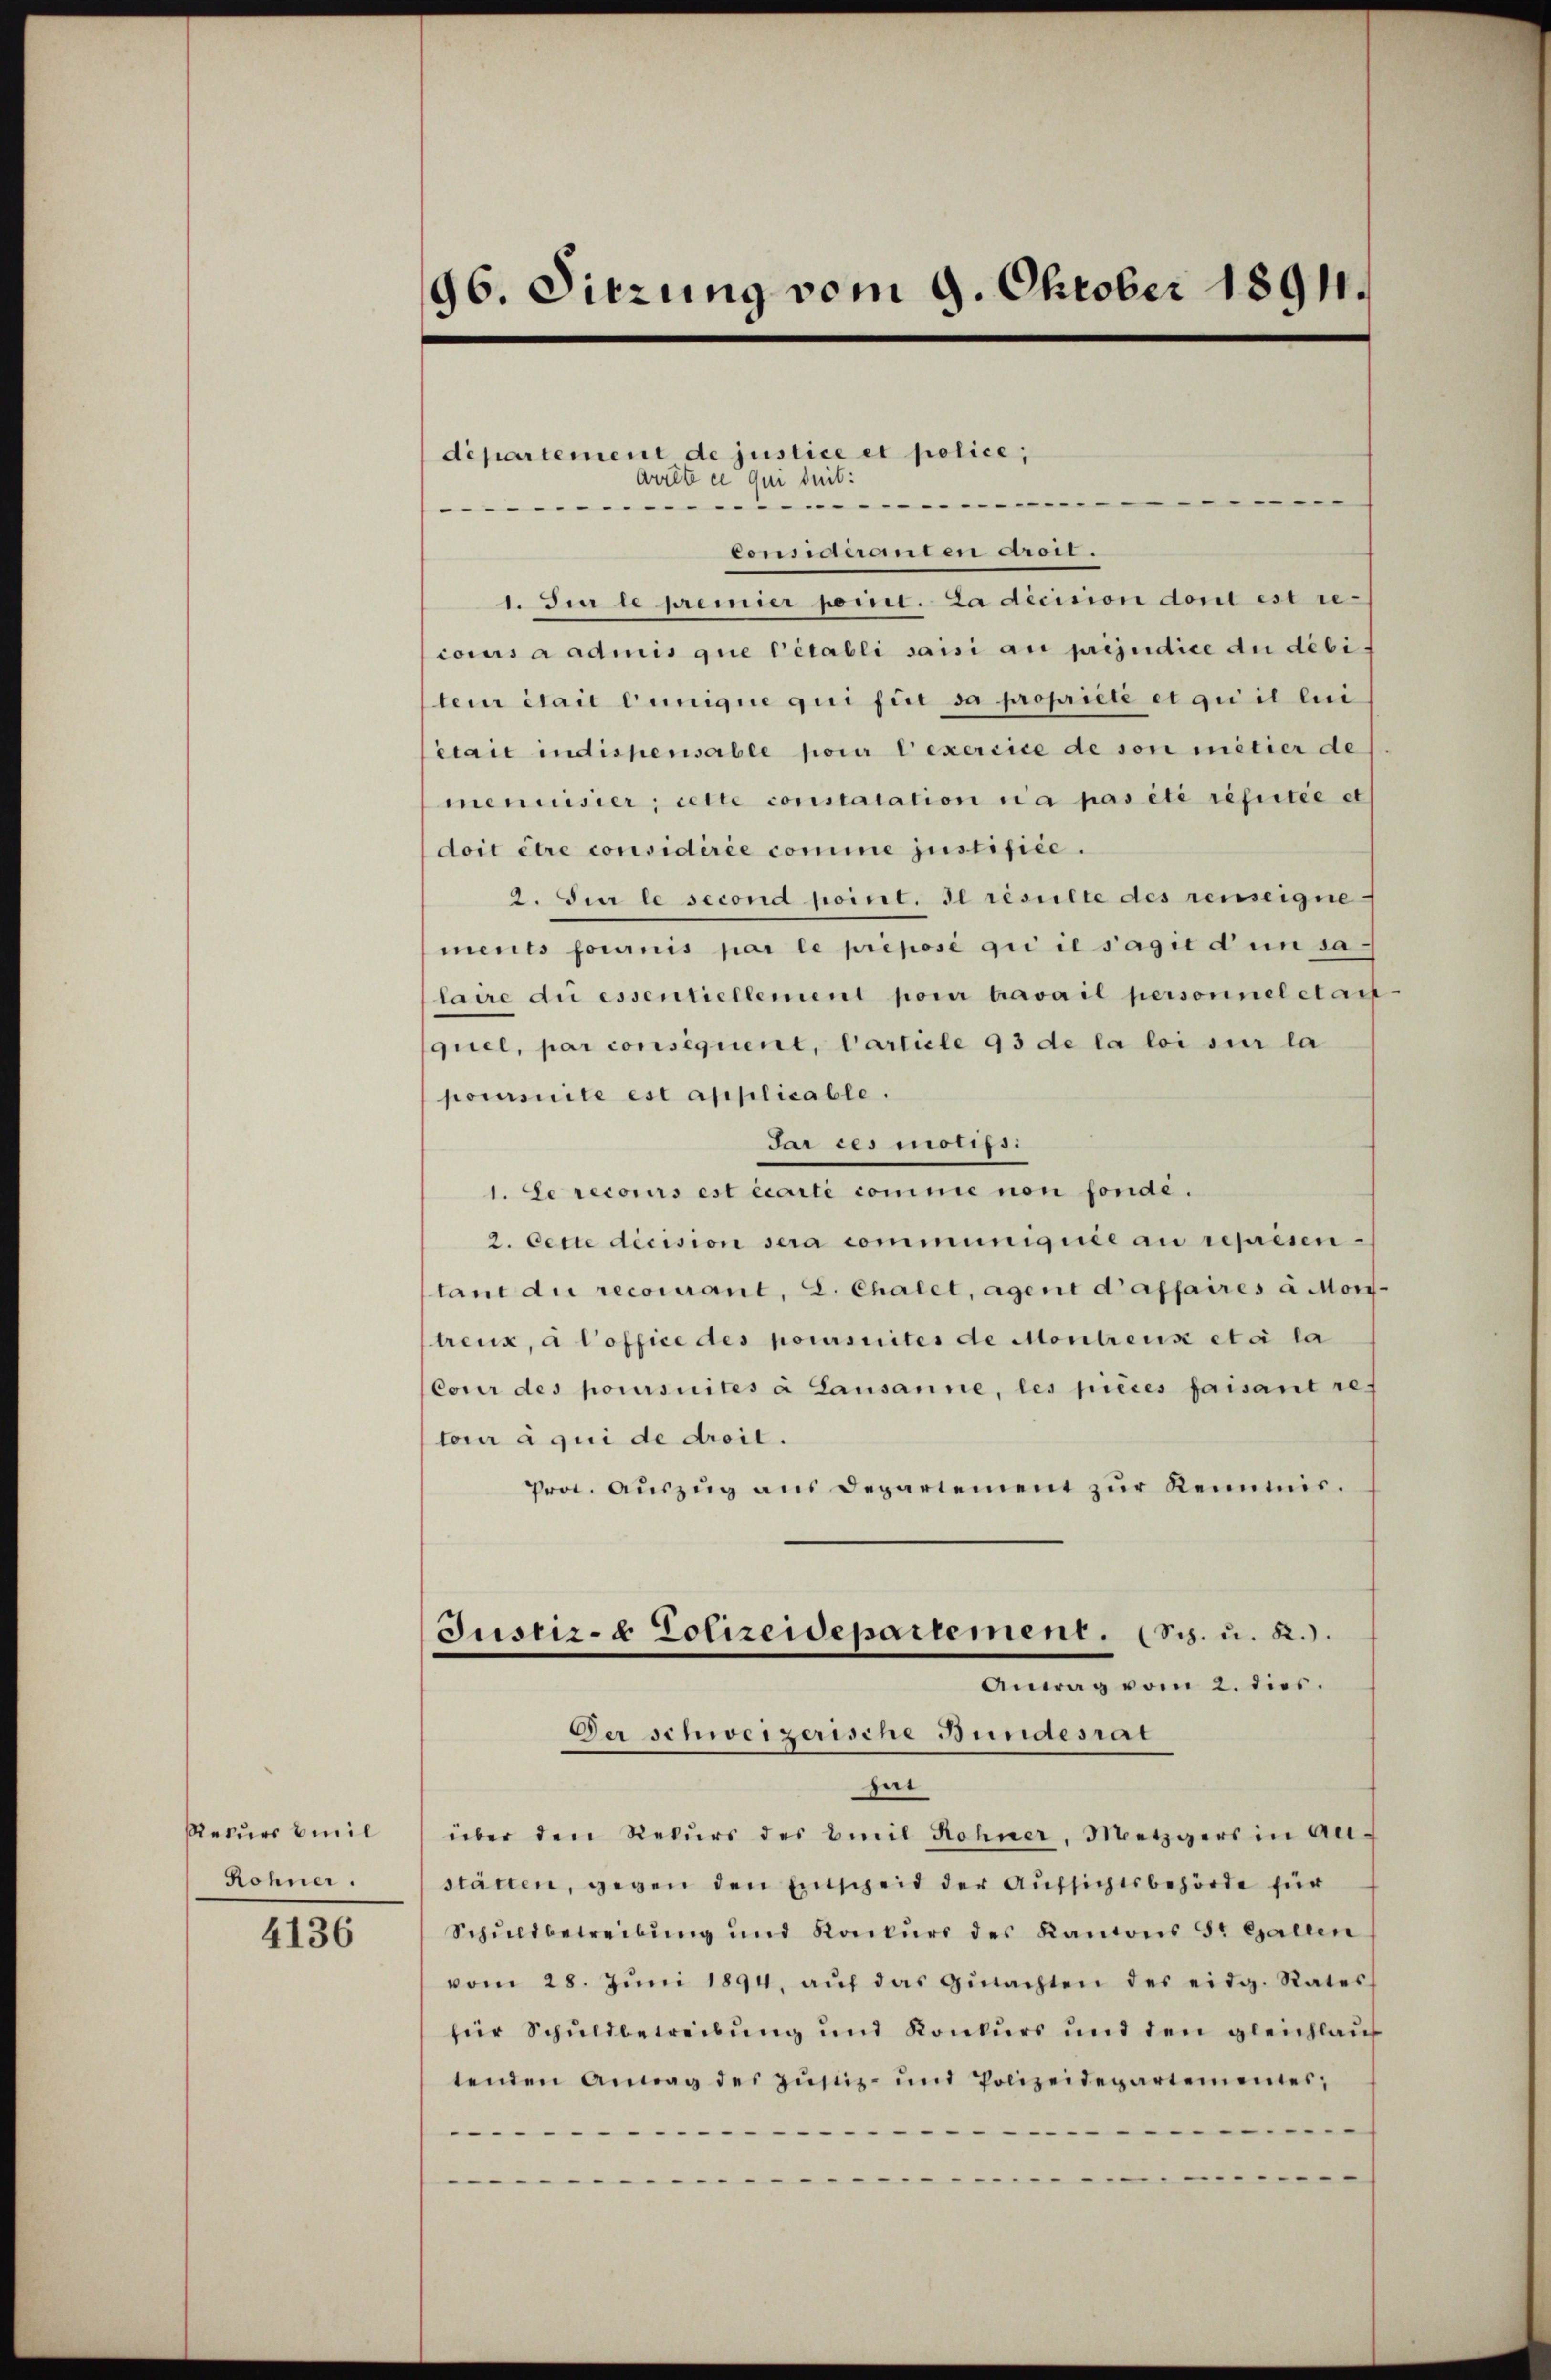
Rekurs beil
Rohner.

4136

96. Sitzung vom 9. Oktober 1891.

departement de justice et police,
arrête ce qui suit:
-
Considéranten droit.
1. In le premier port. La dicinion dort est re-
conus a admis que Citabli saisi au préjudice du débi-
tei était Einigue qui für da propriete et qui il lui
était indispensable pour l’exercice de son mitier de
mennisier; cette constatation n’a pas été rescitée et
doit être considérée comme justifice.
2. Sur le second point. Il résulte des renseigne
ments fournis par le préposé gii il s’agit den sa
laire du essentiellement pour travail personnel etast
quel, par consequent, Carticle 93 de la loi sur la
poursuite est applicable.
Ir des motifs.
1. Le recours est écarté comme non fondé.
2. Cette decision sera communiquée au reprisen-
tant die reconnant, 2. Chalet, Agent d’affaires à Mortreux, à Coffice des poursuites de Montreuse etc la
Cour des poursuites à Lausanne, les pièces faisant re-
toir à qui de droit.
Prot. Aŭszŭg ans Departement zŭr Kenntnis.
Justiz- & Polizeidepartement. (Sch. u. 22.).
Antrag vom 2. dies.
Der schweizerische Bundesrat
hit
über den Rekŭrs des Emil Rohner, Metzgers in An-
stätten, gegen den Entscheid der Aufsichtsbehörde für
Schuldbetreibung und Konkŭrs des Kantons S. Gallen
vom 28. Jŭni 1894. aŭf das Gŭtachten des eidg. Rates
für Schuldbetreibung und Konkurs und den gleichlauf
tenden Antag des Zŭstiz- und Polizeidepartementes,
...

-
.